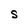
Character: S